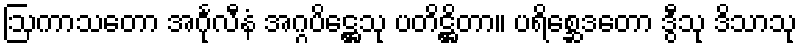
ဩကာသတော အင်္ဂုလီနံ အဂ္ဂပိဋ္ဌေသု ပတိဋ္ဌိတာ။ ပရိစ္ဆေဒတော ဒွီသု ဒိသာသု